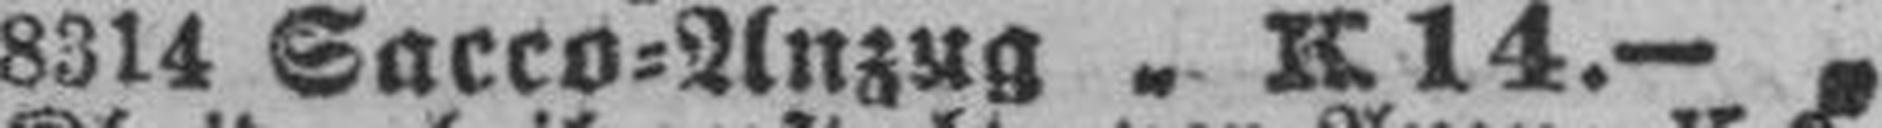
8314 Sacco=Anzug " K 14.— "